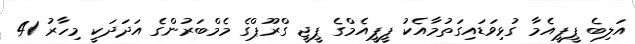
އަލިބެ ޕީޕީއެމާ ގުޅިވަޑައިގަތުމާއެކު ޕީޕީއެމްގެ ޕީޖީ ގްރޫޕްގެ މެމްބަރުންގެ އަދަދަކީ މިހާރު 41